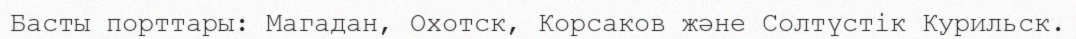
Басты порттары: Магадан, Охотск, Корсаков және Солтүстік Курильск.